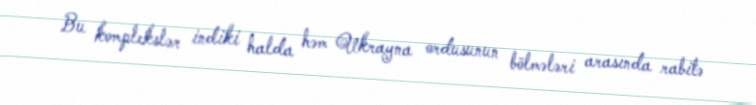
Bu komplekslər indiki halda həm Ukrayna ordusunun bölmələri arasında rabitə